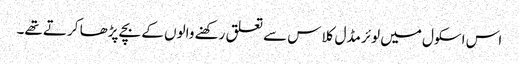
اس اسکول میں لوئر مڈل کلاس سے تعلق رکھنے والوں کے بچے پڑھا کرتے تھے۔